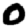
Digit: 0